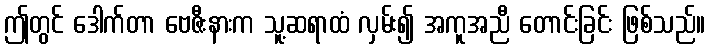
ဤတွင် ဒေါက်တာ ဗေဇီးနားက သူ့ဆရာထံ လှမ်း၍ အကူအညီ တောင်းခြင်း ဖြစ်သည်။